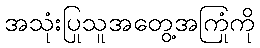
အသုံးပြုသူအတွေ့အကြုံကို